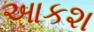
આકશ